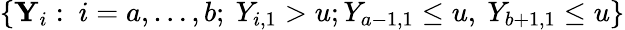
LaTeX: \{ \mathbf{Y}_{i}:\ i=a,\dots,b;\ Y_{i,1}>u;Y_{a-1,1}\leq u,\ Y_{b+1,1}\leq u\}